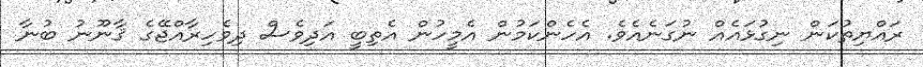
ރައްޔިތުކަން ނިގުޅައެއް ނުގަނެއެވެ. އެހެންކަމުން އެމީހުން އެތިބީ އަދިވެސް ދިވެހިރާއްޖޭގެ ޤާނޫނު ބުނާ